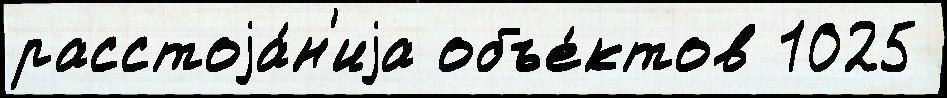
расстоjа́н'иjа объе́ктов 1025